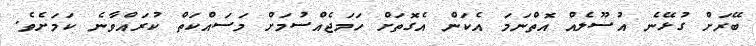
ބޭރަށް ގުޅޭނެ އުސޫލެއް އޮތްނަމަ އެކަން އެގޮތަށް ހަމަޖެއްސުމަށް މަސައްކަތް ކުރައްވާނެ ކަމަށެވެ.